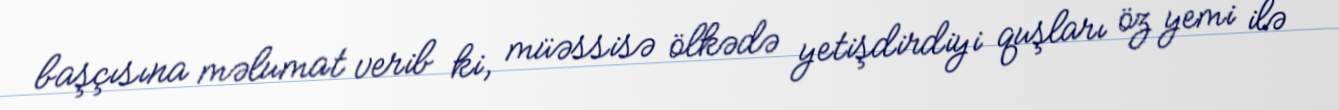
başçısına məlumat verib ki, müəssisə ölkədə yetişdirdiyi quşları öz yemi ilə